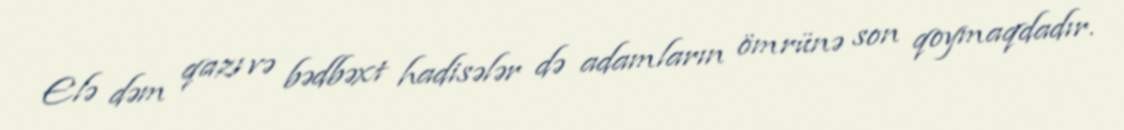
Elə dəm qazı və bədbəxt hadisələr də adamların ömrünə son qoymaqdadır.